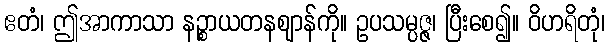
ဧတံ၊ ဤအာကာသာ နဉ္စာယတနဈာန်ကို။ ဥပသမ္ပဇ္ဇ၊ ပြီးစေ၍။ ဝိဟရိတုံ၊